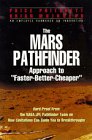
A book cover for The Mars Pathfinder Approach to "Faster-Better-Cheaper"; Price Pritchett; Science & Math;